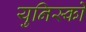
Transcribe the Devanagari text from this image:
युनिस्को